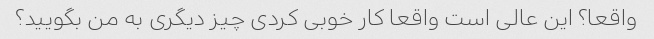
واقعا؟ این عالی است واقعا کار خوبی کردی چیز دیگری به من بگویید؟